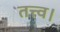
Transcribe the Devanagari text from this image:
तत्त्व।